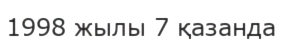
1998 жылы 7 қазанда